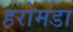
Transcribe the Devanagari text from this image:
हरोमडा